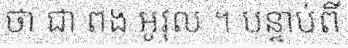
ថា ជា ពង អូវុល ។ បន្ទាប់ពី